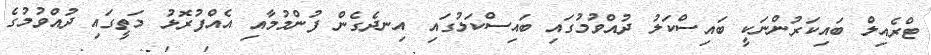
ޓްރެއިލް ބައިކަރުންނަކީ ބައިސްކަލު ދުއްވުމުގައި ބައިސްކަލުގައި އިނދެގެން ފުންމުމާއި އެއްފުރޮޅު މަތީގައި ދުއްވުމުގެ